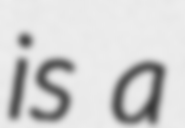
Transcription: is a